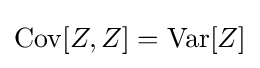
\operatorname {Cov} [Z,Z]={\operatorname {Var} [Z]}